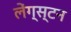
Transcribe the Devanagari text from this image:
लेंग्स्टन